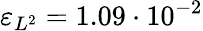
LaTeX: \varepsilon_{L^{2}}=1.09\cdot 10^{-2}